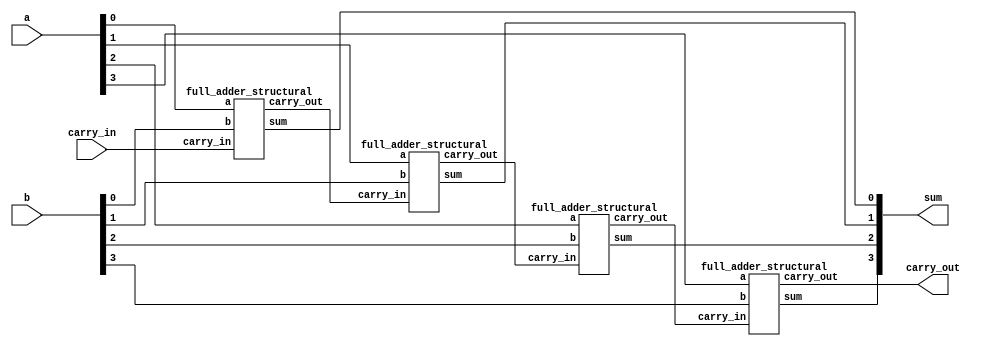
module ripple_adder_4bit_structural(
    input [3:0]a,
    input [3:0]b,
	input carry_in,
    output [3:0] sum,  
    output carry_out
    );
    
    // Internal nets used to connect all 4 modules
    wire [2:0] c;
    
    // Instantiate 4 Structural adders
    full_adder_structural FA_STRUCT_0(
       .a(a[0]), 
       .b(b[0]),
       .carry_in(carry_in),
       .sum(sum[0]),  
       .carry_out(c[0])
    );
    
    full_adder_structural FA_STRUCT_1(
       .a(a[1]), 
       .b(b[1]),
       .carry_in(c[0]),
       .sum(sum[1]),  
       .carry_out(c[1])
    );
  
    full_adder_structural FA_STRUCT_2(
       .a(a[2]), 
       .b(b[2]),
       .carry_in(c[1]),
       .sum(sum[2]),  
       .carry_out(c[2])
    );
  
    full_adder_structural FA_STRUCT_3(
       .a(a[3]), 
       .b(b[3]),
       .carry_in(c[2]),
       .sum(sum[3]),  
       .carry_out(carry_out)
    );
  
endmodule



module full_adder_structural(
    input a, 
    input b,
	input carry_in,
    output sum, 
    output carry_out
    );
  
    // Declare nets to connect the half adders
    wire sum1;
    wire carry1;
    wire carry2;
	
    // Instantiate two half_adder_structural modules
    half_adder_structural HA1(
       .a(a),
       .b(b),
       .sum(sum1),
       .carry(carry1)
    ); 
	
	half_adder_structural HA2(
       .a(sum1),
       .b(carry_in),
       .sum(sum),
       .carry(carry2)
    );
	
	// Use Verilog primitive
	or (carry_out, carry1, carry2);
  
endmodule



module half_adder_structural(
    input a,
    input b,
    output sum,
    output carry
    );
  
    // Instantiate Verilog built-in primitives and connect them with nets
    xor XOR1 (sum,  a, b); // instantiate a XOR gate
    and AND1 (carry, a, b);  
  
endmodule



module testbench();
  
    // Declare variables and nets for module ports
    reg [3:0] a;
    reg [3:0] b;
    reg cin;
    wire [3:0]sum;
    wire cout; 
  
    integer i, j; // used for verification
    
    // Instantiate the module
    ripple_adder_4bit_structural RIPPLE_ADD_4BIT(
        .a(a),
        .b(b),
        .carry_in(cin),
        .sum(sum),
        .carry_out(cout)
        );
  
    // Generate stimulus and monitor module ports
    initial begin
      $monitor("a=%b, b=%b, carry_in=%0b, sum=%0d, carry_out=%b", a, b, cin, sum, cout);
    end  
  
    initial begin
        #1; a = 4'b0000; b = 4'b0000; cin = 0;
        #1; a = 4'b0000; b = 4'b0000; cin = 1;
        #1; a = 4'b0001; b = 4'b0001; cin = 0;
        #1; a = 4'b0001; b = 4'b0001; cin = 1;
        #1; a = 4'd3;    b = 4'd6;    cin = 0;
        // Change the values of a and b and observe the effects
      
        for (i=0; i<2; i=i+1) begin
            for (j=0; j<2; j=j+1) begin
                #1 a = i; b = j; cin = 0;
            end
        end
        // Change the loops limits observe the effects

    end
  
endmodule